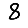
Digit: 8